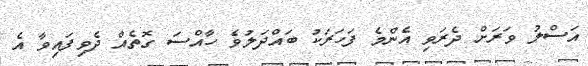
އަސްލު ވަަރަށް ދެރަވި އެންމެ ފަހަރަކު ބައްދަލުވެ ހާއްސަ ގޮތެއް ދެވިފައިވާ އެ